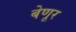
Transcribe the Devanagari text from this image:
बेणूर